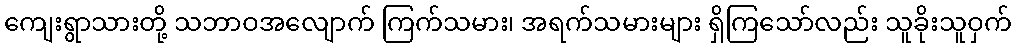
ကျေးရွာသားတို့ သဘာဝအလျောက် ကြက်သမား၊ အရက်သမားများ ရှိကြသော်လည်း သူခိုးသူဝှက်